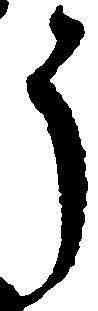
う